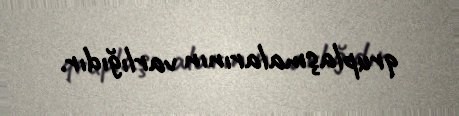
qruplaşmalarının varlığıdır.